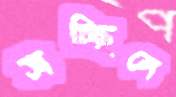
সচ্ছিলে